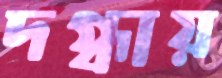
দগ্ধায়